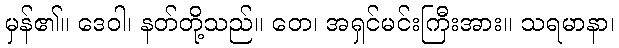
မှန်၏။ ဒေဝါ၊ နတ်တို့သည်။ တေ၊ အရှင်မင်းကြီးအား။ သရမာနာ၊